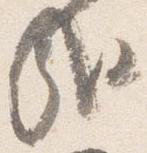
哉